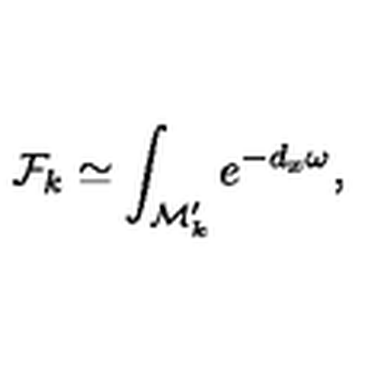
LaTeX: { \cal F } _ { k } \simeq \int _ { { \cal M } _ { k } ^ { \prime } } e ^ { - d _ { x } \omega } ,